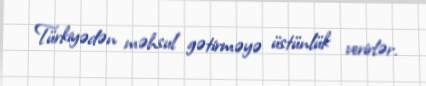
Türkiyədən məhsul gətirməyə üstünlük verirlər.